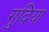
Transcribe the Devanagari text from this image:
गुदिया